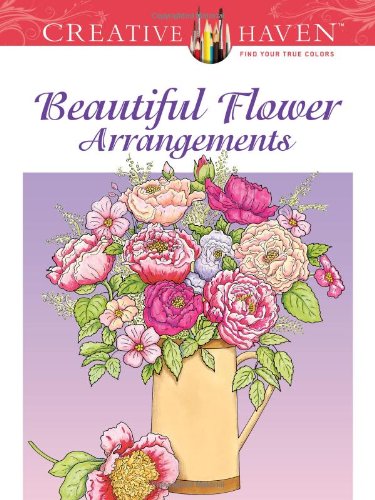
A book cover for Creative Haven Beautiful Flower Arrangements Coloring Book (Creative Haven Coloring Books); Charlene Tarbox; Arts & Photography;